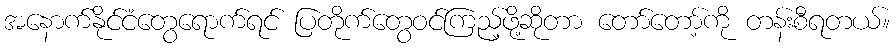
အနောက်နိုင်ငံတွေရောက်ရင် ပြတိုက်တွေဝင်ကြည့်ဖို့ဆိုတာ တော်တော့်ကို တန်းစီရတယ်။